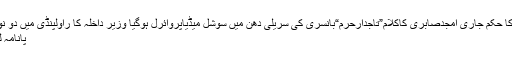
ڈاکٹرعامر لیاقت حسین کا نام ای سی ایل میں ڈالنے کا حکم جاری امجدصابری کاکلام”تاجدارحرم“بانسری کی سُریلی دُھن میں سوشل میڈیاپروائرل ہوگیا وزیر داخلہ کا راولپنڈی میں دو نوجوانوں کی مبینہ پولیس مقابلے میں ہلاکت کا نوٹس
پانامہ لیکس کیس میں نواز شریف کو مجرم مان چکی ہے ۔